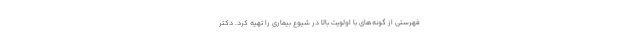
فهرستی از گونه‌های با اولویت بالا در شیوع بیماری را تهیه کرد. دکتر